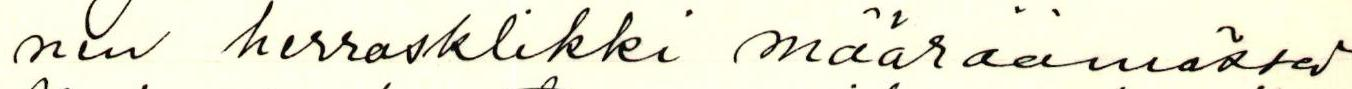
nen herrasklikki määräämässä